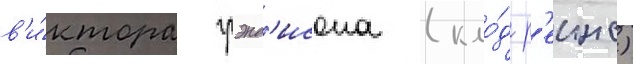
в'и́ктора грэнд'исона (кло́д р'еинс)